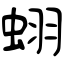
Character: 蛡